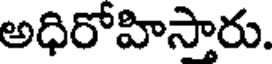
అధిరోహిసారు.